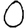
Digit: 0